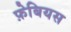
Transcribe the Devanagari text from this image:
फ़ेबियस